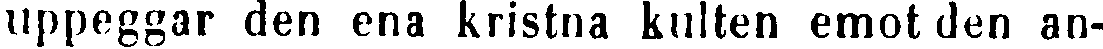
uppeggar den ena kristna kulten emot den an-